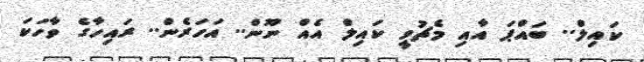
ކައިލް.. ބައްޕަ އާއި މެޗުވީ ކައިލް އެއް ނޫން.. އަހަރެން.. ރައިހާގެ ވާހަކަ